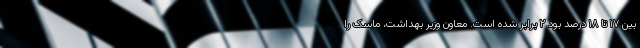
بین ۱۷ تا ۱۸ درصد بود ۲ برابر شده است. معاون وزیر بهداشت، ماسک را